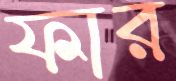
ফার